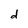
Character: d